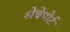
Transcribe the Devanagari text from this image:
श्रेवेपोर्ट